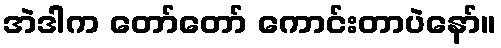
အဲဒါက တော်တော် ကောင်းတာပဲနော်။